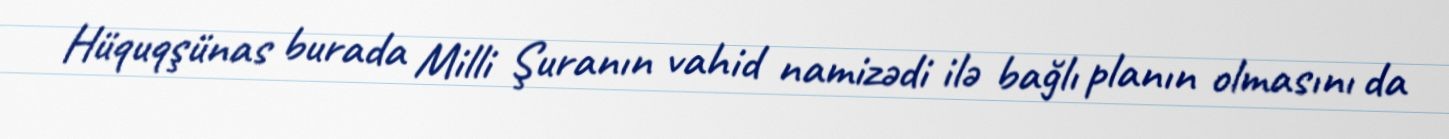
Hüquqşünas burada Milli Şuranın vahid namizədi ilə bağlı planın olmasını da